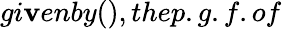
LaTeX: gi\mathbf{v}enby(),thep.g.f.of